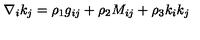
\nabla _ { i } k _ { j } = \rho _ { 1 } g _ { i j } + \rho _ { 2 } M _ { i j } + \rho _ { 3 } k _ { i } k _ { j }